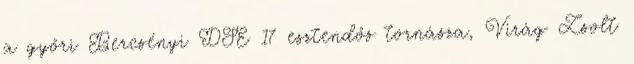
a győri Bercsényi DSE 17 esztendős tornásza, Virág Zsolt